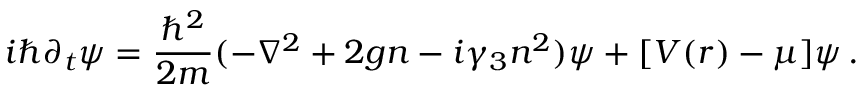
i \hbar \partial _ { t } \psi = \frac { \hbar ^ { 2 } } { 2 m } ( - \nabla ^ { 2 } + 2 g n - i \gamma _ { 3 } n ^ { 2 } ) \psi + [ V ( r ) - \mu ] \psi \, .